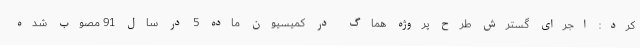
کرد: اجرای گسترش طرح پروژه هماگ در کمیسیون ماده 5 در سال 91 مصوب شده